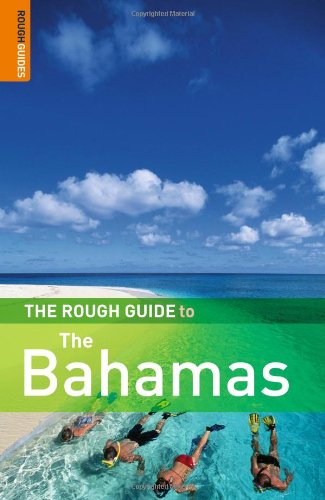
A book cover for The Rough Guide to the Bahamas; Natalie Folster; Travel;